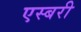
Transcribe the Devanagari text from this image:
एस्बरी